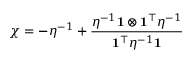
\boldsymbol { \chi } = - \boldsymbol { \eta } ^ { - 1 } + \frac { \boldsymbol { \eta } ^ { - 1 } \mathbf { 1 } \otimes \mathbf { 1 } ^ { \top } \boldsymbol { \eta } ^ { - 1 } } { \mathbf { 1 } ^ { \top } \boldsymbol { \eta } ^ { - 1 } \mathbf { 1 } }